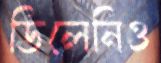
ডিলেনিও